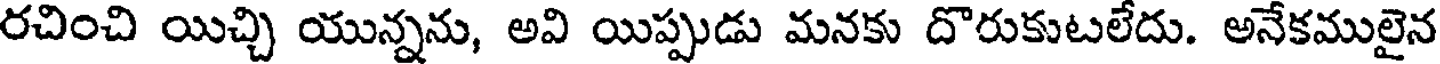
రచించి యిచ్చి యున్నను, అవి యిప్పుడు మనకు దొరుకుటలేదు. అనేకములైన